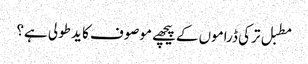
مطبل ترکی ڈراموں کےپیچھے موصوف کا ید طولی ہے؟